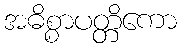
အဓိစ္စာပတ္တိကော